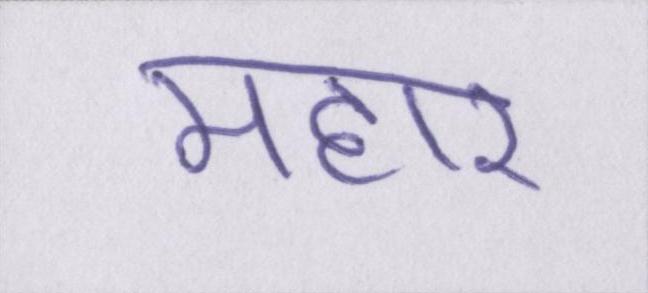
महार